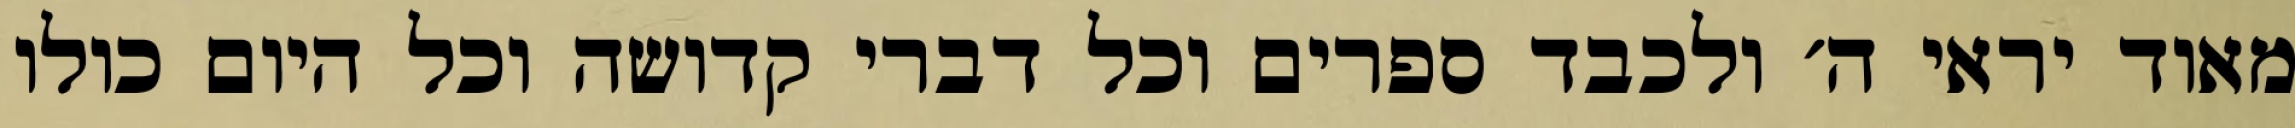
מאוד יראי ה׳ ולכבד ספרים וכל דברי קדושה וכל היום כולו